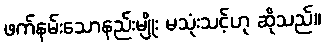
ဖက်နမ်းသောနည်းမျိုး မသုံးသင့်ဟု ဆိုသည်။